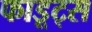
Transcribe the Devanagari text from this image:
फाडूट्स